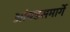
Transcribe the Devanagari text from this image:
आंबडसमार्गे